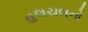
હલચલનો